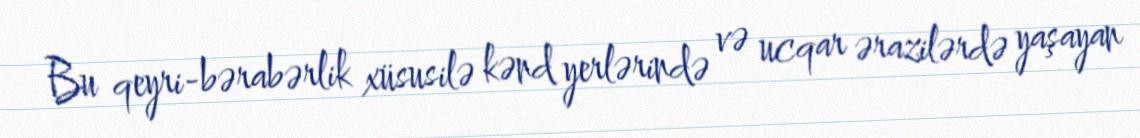
Bu qeyri-bərabərlik xüsusilə kənd yerlərində və ucqar ərazilərdə yaşayan